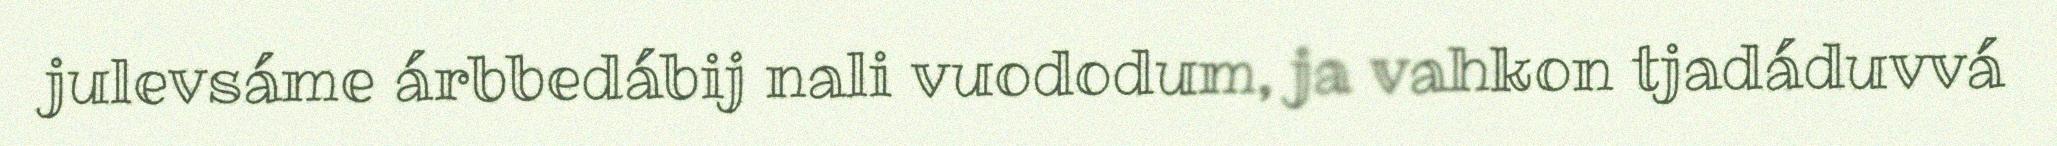
julevsáme árbbedábij nali vuododum, ja vahkon tjadáduvvá